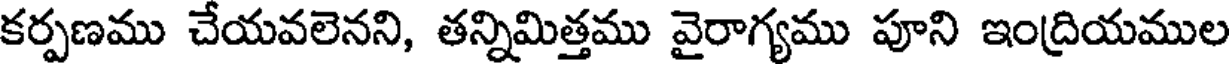
కర్పణము చేయవలెనని, తన్నిమిత్తము వైరాగ్యము పూని ఇంద్రియముల